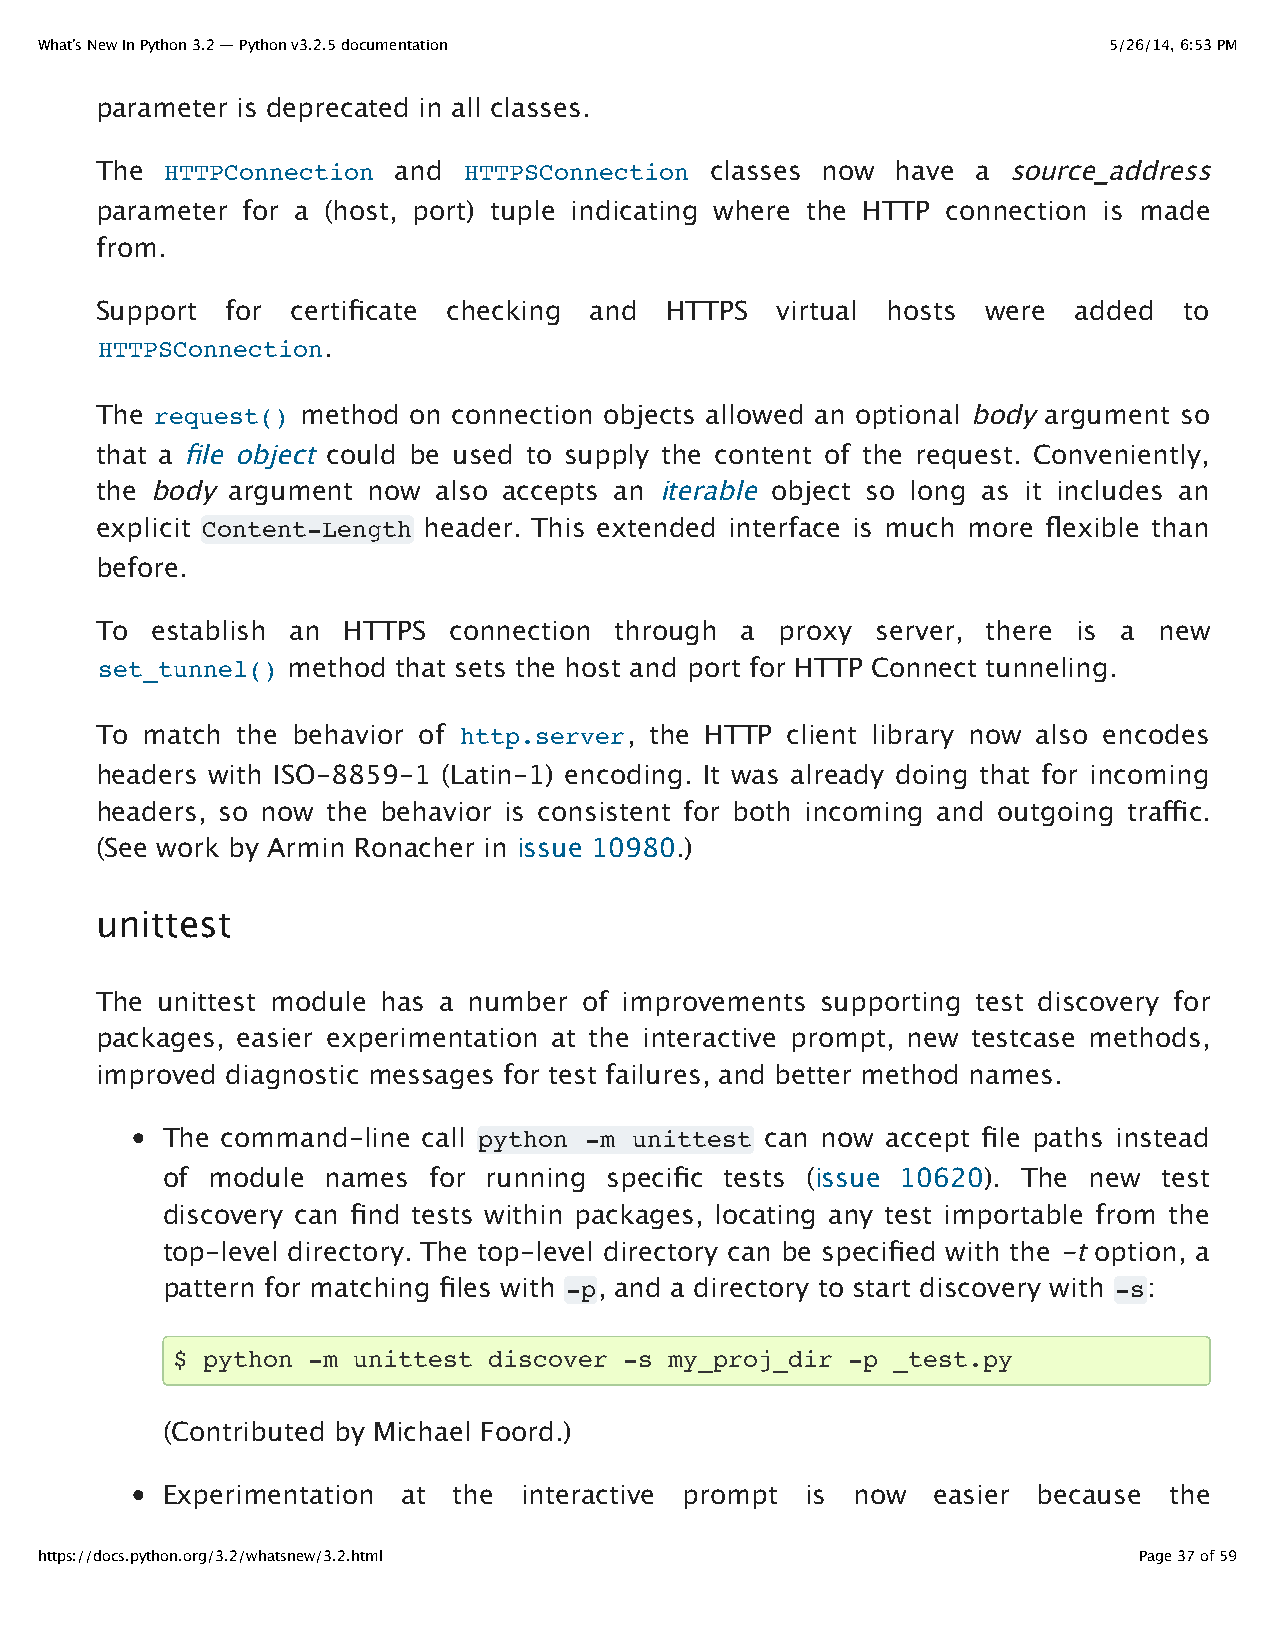
What’s New In Python 3.2 — Python v3.2.5 documentation                 5/26/14, 6:53 PM
 parameter is deprecated in all classes.
 The  HTTPConnection and  HTTPSConnection classes now have  a source_address
 parameter for a (host, port) tuple indicating where the HTTP connection is made
 from.
 Support  for certificate checking and HTTPS  virtual hosts were  added  to
 HTTPSConnection.
 The request() method on connection objects allowed an optional body argument so
 that a file object could be used to supply the content of the request. Conveniently,
 the body argument now  also accepts an iterable object so long as it includes an
 explicit Content-Length header. This extended interface is much more flexible than
 before.
 To  establish an HTTPS  connection through a  proxy server, there is a new
 set_tunnel() method that sets the host and port for HTTP Connect tunneling.
 To match  the behavior of http.server, the HTTP client library now also encodes
 headers with ISO-8859-1 (Latin-1) encoding. It was already doing that for incoming
 headers, so now the behavior is consistent for both incoming and outgoing traffic.
 (See work by Armin Ronacher in issue 10980.)
 unittest
 The unittest module has a number of improvements supporting test discovery for
 packages, easier experimentation at the interactive prompt, new testcase methods,
 improved diagnostic messages for test failures, and better method names.
 The command-line call python -m unittest can now accept file paths instead
 of module  names for running specific tests (issue 10620). The new test
 discovery can find tests within packages, locating any test importable from the
 top-level directory. The top-level directory can be specified with the -t option, a
 pattern for matching files with -p, and a directory to start discovery with -s:
 $ python -m unittest discover -s my_proj_dir -p _test.py
 (Contributed by Michael Foord.)
 Experimentation at the  interactive prompt is now  easier because the
 https://docs.python.org/3.2/whatsnew/3.2.html                            Page 37 of 59